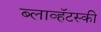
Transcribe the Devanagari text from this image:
ब्लाव्हॅटस्की